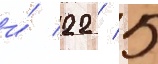
и́ 22 / 5